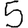
Digit: 5